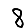
Digit: 8